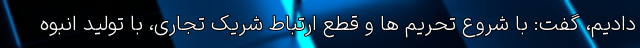
دادیم، گفت: با شروع تحریم ها و قطع ارتباط شریک تجاری، با تولید انبوه